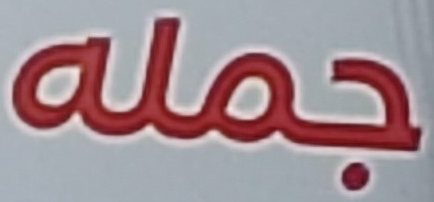
جمله